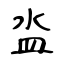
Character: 泴